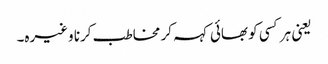
یعنی ہر کسی کو بھائی کہہ کر مخاطب کرنا وغیرہ۔